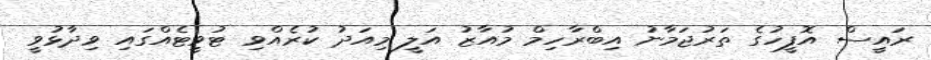
ރައީސް އޮފީހުގެ ތަރުޖަމާނު އިބްރާހިމް މުއާޒު އަލީ މިއަދު ކުރެއްވި ޓުވީޓެއްގައި ވިދާޅުވީ